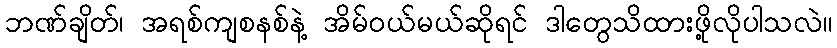
ဘဏ်ချိတ်၊ အရစ်ကျစနစ်နဲ့ အိမ်ဝယ်မယ်ဆိုရင် ဒါတွေသိထားဖို့လိုပါသလဲ။